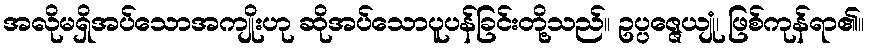
အလိုမရှိအပ်သောအကျိုးဟု ဆိုအပ်သောပူပန်ခြင်းတို့သည်။ ဥပ္ပဇ္ဇေယျုံ၊ ဖြစ်ကုန်ရာ၏။